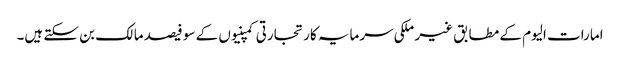
امارات الیوم کے مطابق غیر ملکی سرمایہ کار تجارتی کمپنیوں کے سو فیصد مالک بن سکتے ہیں۔